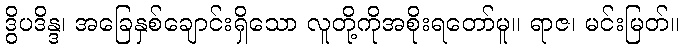
ဒွိပဒိန္ဒ၊ အခြေနှစ်ချောင်းရှိသော လူတို့ကိုအစိုးရတော်မူ။ ရာဇ၊ မင်းမြတ်။